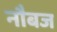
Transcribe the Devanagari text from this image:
नौबज